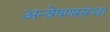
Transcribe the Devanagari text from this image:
अन्वेषणसंस्था